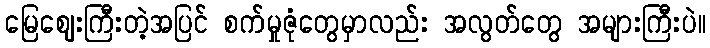
မြေဈေးကြီးတဲ့အပြင် စက်မှုဇုံတွေမှာလည်း အလွတ်တွေ အများကြီးပဲ။